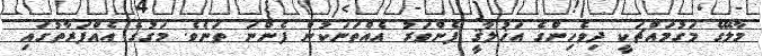
މާލޭގެ މަގުމައްޗަކީ ދިވެހިންގެ އަޚުލާޤީ ފެންވަރު އެއްތަނަކުން ފެންނަ ތަނެވެ. މަގުގެ އެއްފަރާތުގައި